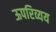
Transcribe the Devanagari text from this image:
ऊपरिव्यय